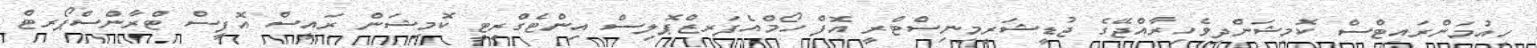
ހިއުމަންރައިޓްސް ކޮމިޝަންދިވެހިރާއްޖޭގެ ޖުޑީޝަރީމިނިސްޓްރީ އޮފް ހޯމްއެފަރޒްޕޮލިސް އިންޓެގްރިޓީ ކޮމިޝަން ރައީސް އޮފީސް ޓްރާންސްޕޯރޓް